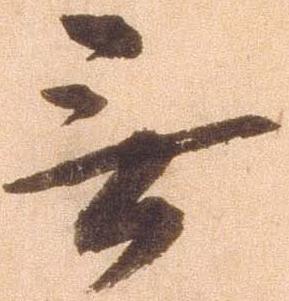
無